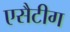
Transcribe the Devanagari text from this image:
एसैटीग